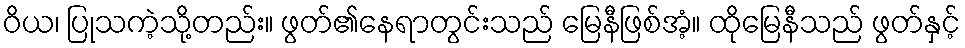
ဝိယ၊ ပြုသကဲ့သို့တည်း။ ဖွတ်၏နေရာတွင်းသည် မြေနီဖြစ်အံ့။ ထိုမြေနီသည် ဖွတ်နှင့်